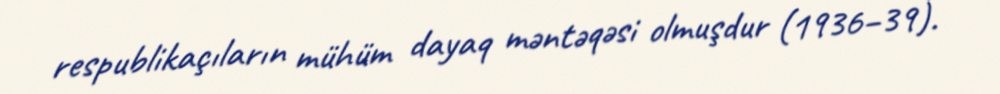
respublikaçıların mühüm dayaq məntəqəsi olmuşdur (1936–39).